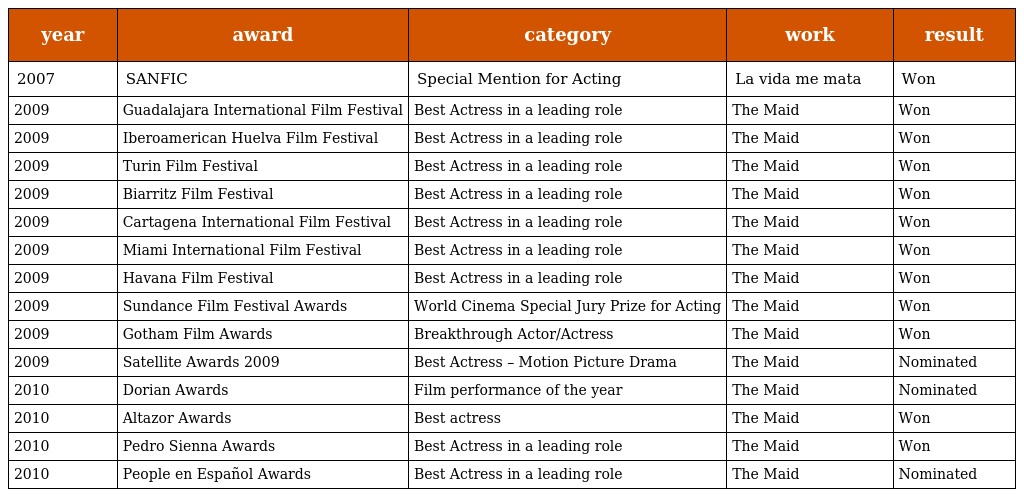
| year | award | category | work | result |
 | --- | --- | --- | --- | --- |
 | 2007 | SANFIC | Special Mention for Acting | La vida me mata | Won |
 | 2009 | Guadalajara International Film Festival | Best Actress in a leading role | The Maid | Won |
 | 2009 | Iberoamerican Huelva Film Festival | Best Actress in a leading role | The Maid | Won |
 | 2009 | Turin Film Festival | Best Actress in a leading role | The Maid | Won |
 | 2009 | Biarritz Film Festival | Best Actress in a leading role | The Maid | Won |
 | 2009 | Cartagena International Film Festival | Best Actress in a leading role | The Maid | Won |
 | 2009 | Miami International Film Festival | Best Actress in a leading role | The Maid | Won |
 | 2009 | Havana Film Festival | Best Actress in a leading role | The Maid | Won |
 | 2009 | Sundance Film Festival Awards | World Cinema Special Jury Prize for Acting | The Maid | Won |
 | 2009 | Gotham Film Awards | Breakthrough Actor/Actress | The Maid | Won |
 | 2009 | Satellite Awards 2009 | Best Actress – Motion Picture Drama | The Maid | Nominated |
 | 2010 | Dorian Awards | Film performance of the year | The Maid | Nominated |
 | 2010 | Altazor Awards | Best actress | The Maid | Won |
 | 2010 | Pedro Sienna Awards | Best Actress in a leading role | The Maid | Won |
 | 2010 | People en Español Awards | Best Actress in a leading role | The Maid | Nominated |